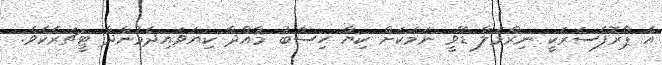
އެ ޕްރޮފެސަރަކީ ނިރްމަލާ ޑޭވީ ނަމަކަށް ކިޔާ ހިސާބު މާއްދާ ކިޔަވައިދެމުންދާ ޓީޗަރެކެވެ.